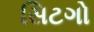
સિટગો